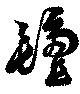
氈